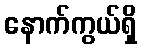
နောက်ကွယ်ရှိ